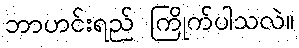
ဘာဟင်းရည် ကြိုက်ပါသလဲ။